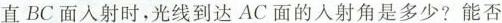
直BC面入射时，光线到达AC面的人射角是多少?能否